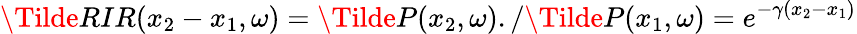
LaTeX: \Tilde{RIR}(x_{2}-x_{1},\omega)=\Tilde{P}(x_{2},\omega)./\Tilde{P}(x_{1},\omega)=e^{-\gamma(x_{2}-x_{1})}